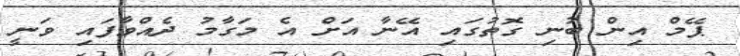
ޕޭމް އިން ބުނި ގޮތުގައި އޭނާ އަށް އެ މަގާމު ދެއްވާފައި ވަނީ